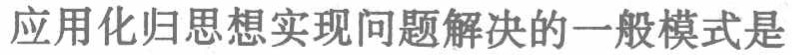
应用化归思想实现问题解决的一般模式是